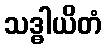
သဒ္ဓါယိတံ